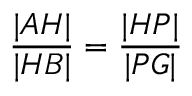
{ \frac { | A H | } { | H B | } } = { \frac { | H P | } { | P G | } }